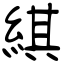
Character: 綨